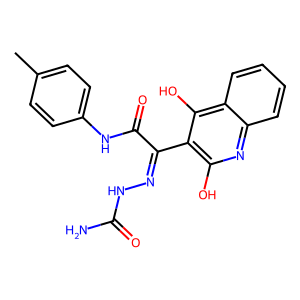
SMILES: Cc1ccc(NC(=O)C(=NNC(N)=O)c2c(O)nc3ccccc3c2O)cc1
Inhibits HIV replication: No